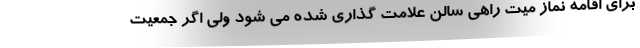
برای اقامه نماز میت راهی سالن علامت گذاری شده می شود ولی اگر جمعیت